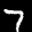
Label: 7